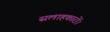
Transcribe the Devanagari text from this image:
सलाहकारों।